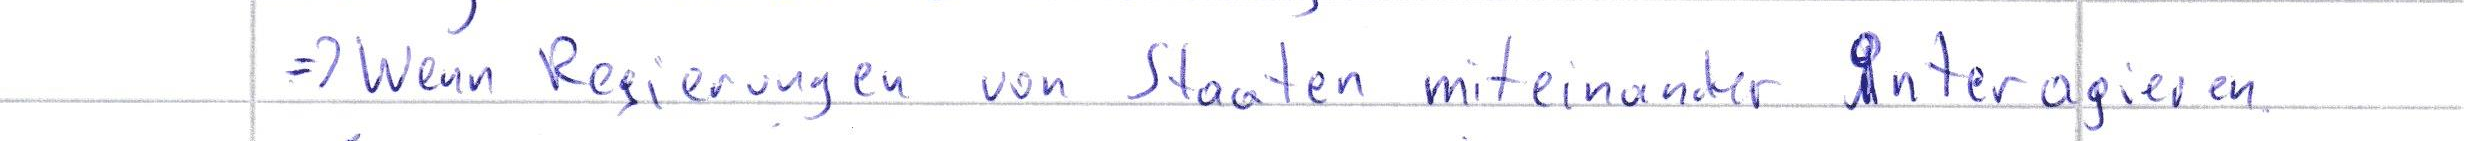
=> Wenn Regierungen von Staaten miteinander Interagieren